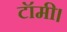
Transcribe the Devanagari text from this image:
टॉमी।